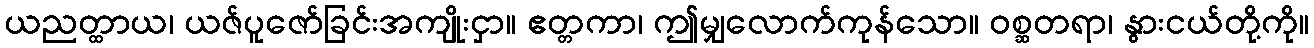
ယညတ္ထာယ၊ ယဇ်ပူဇော်ခြင်းအကျိုးငှာ။ ဧတ္တကာ၊ ဤမျှလောက်ကုန်သော။ ဝစ္ဆတရာ၊ နွားငယ်တို့ကို။